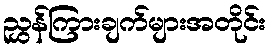
ညွှန်ကြားချက်များအတိုင်း